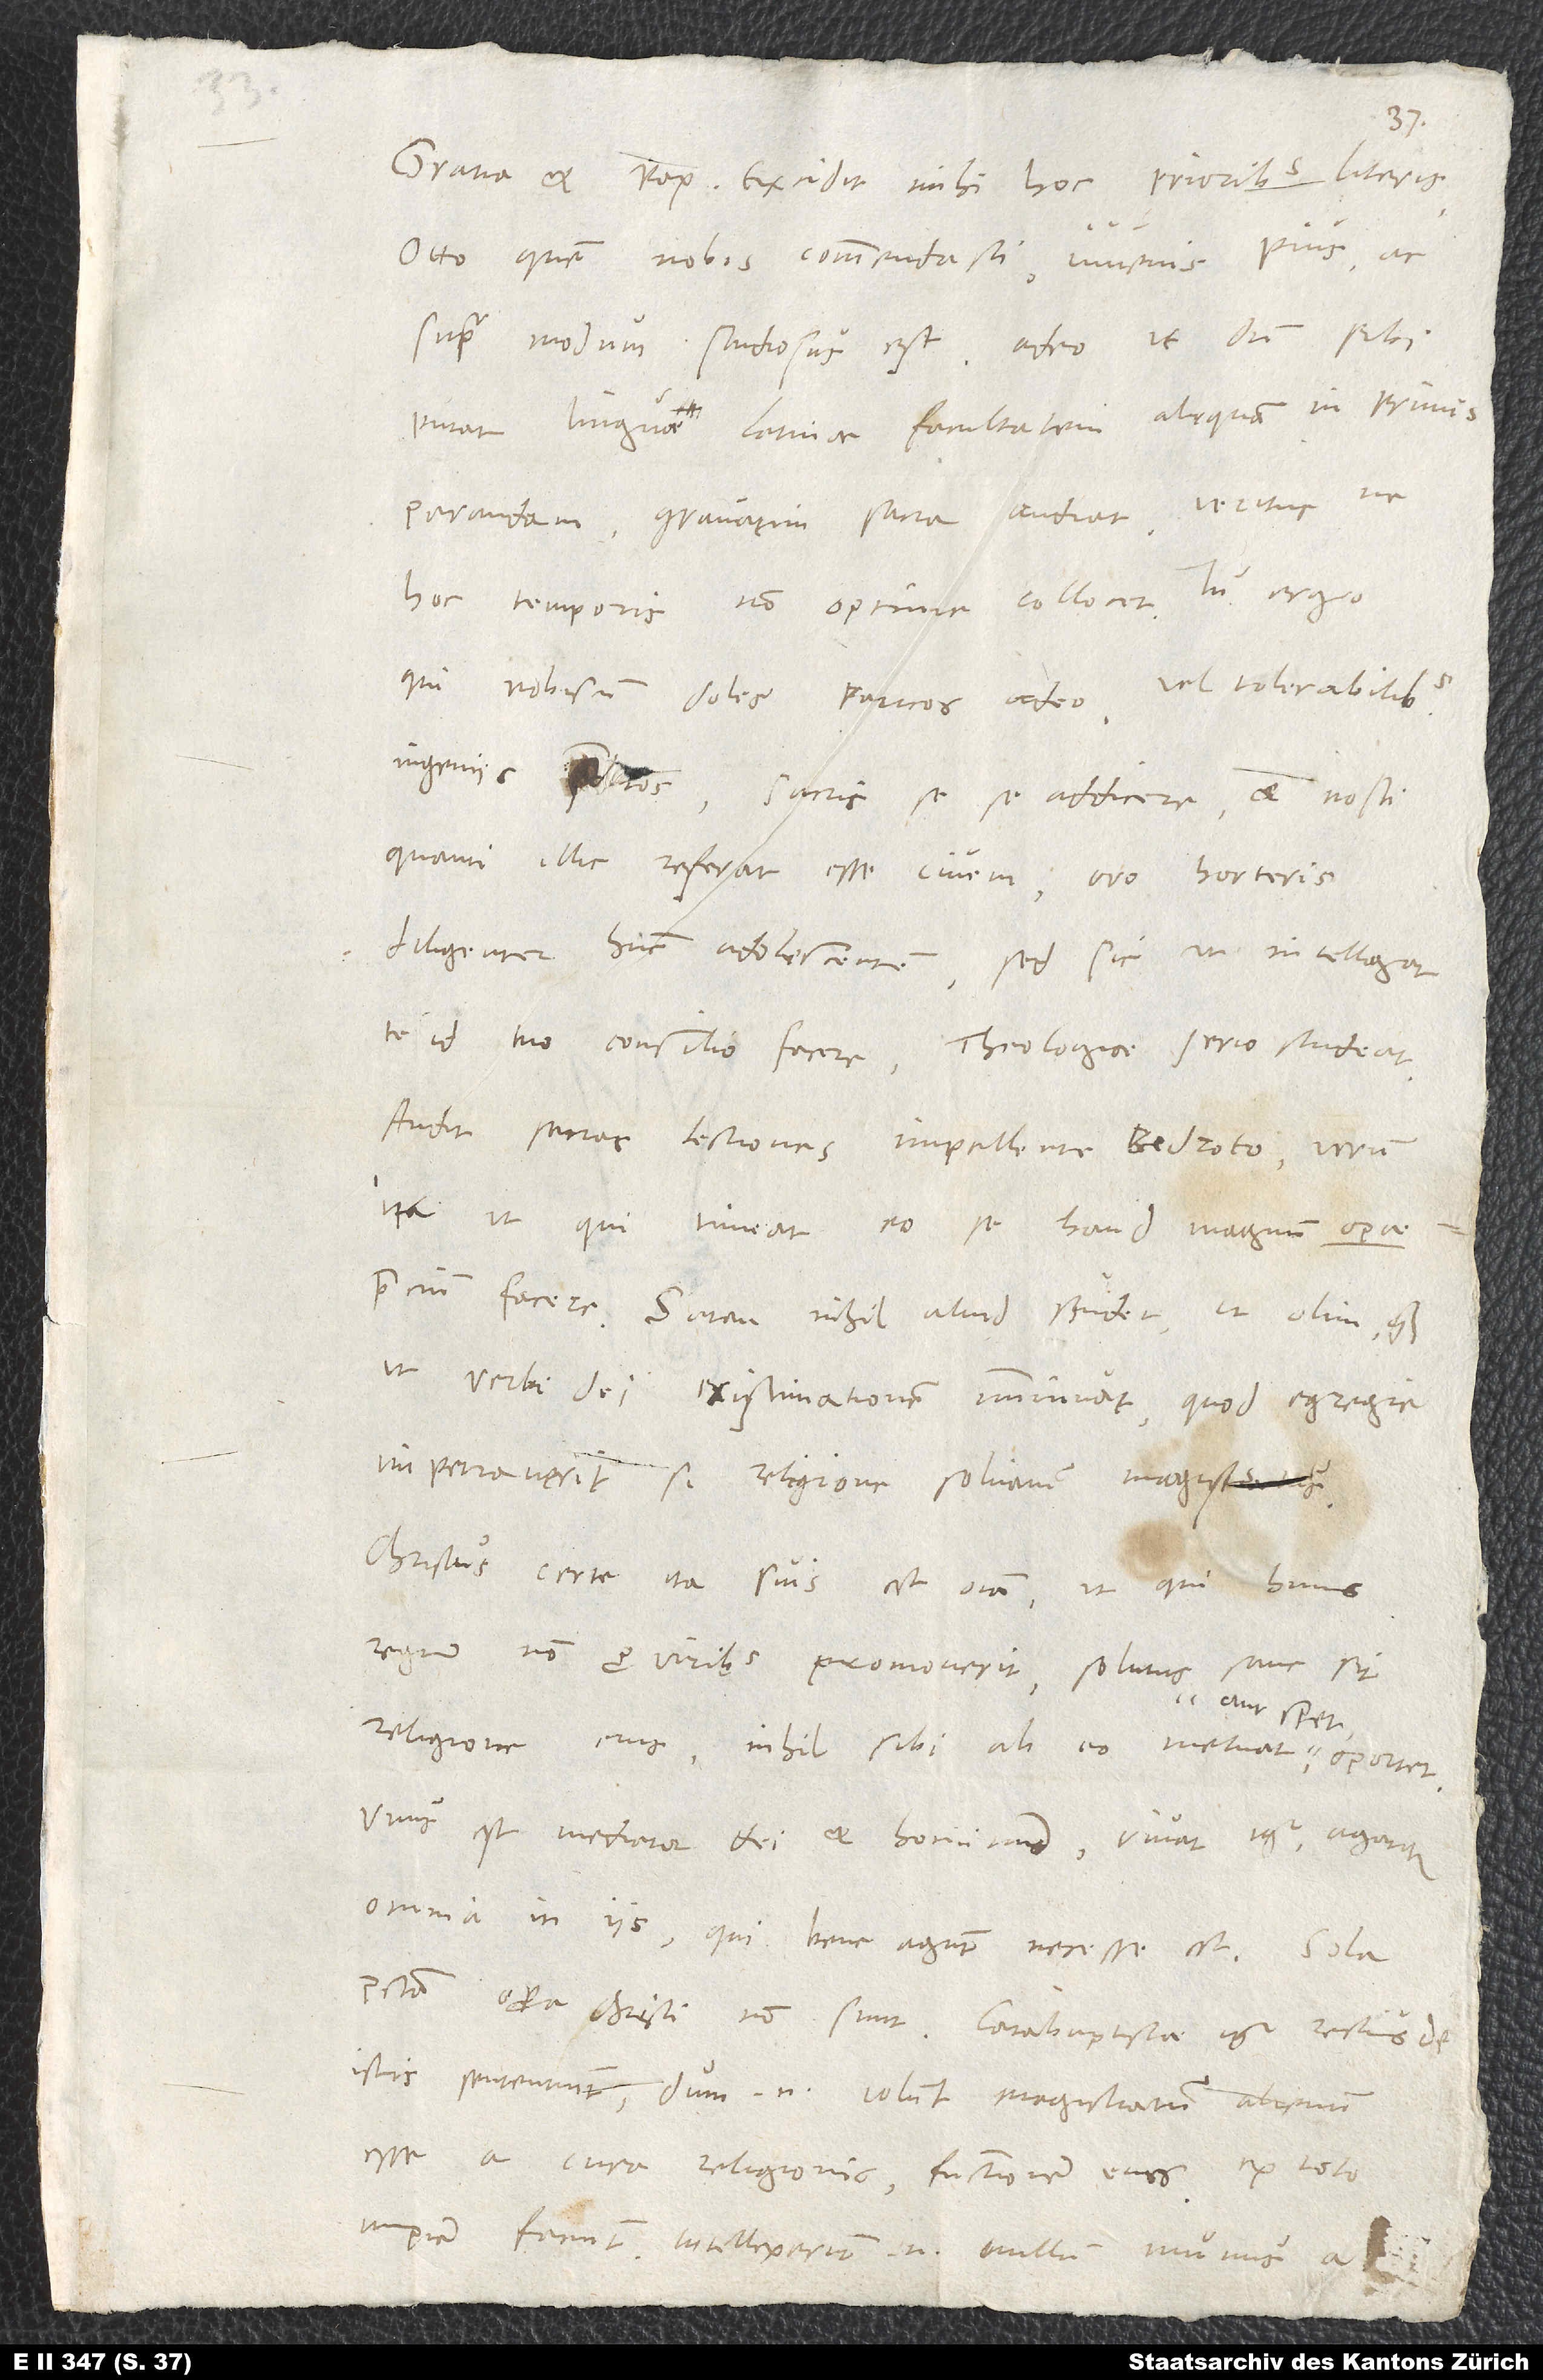
Otto, quem nobis commendasti, iuvenis pius ac
supra modum studiosus est adeo, ut dum sibi
putat linguae latinae facultatem aliquam in primis
parandam, gravatim sacra audiat veritus, ne
hoc temporis non optime collocet. Tu ergo,
qui nobiscum doles paucos adeo vel tolerabilibus
ingeniis praeditos sacris sese addicere et nosti,
quanti illic referat esse civem, oro horteris
diligenter hunc adolescentem, sed sic, ut intelligat
te id tuo consilio facere, theologiae serio studeat.
Audit sacras lectiones impellente Bedroto, verum
ita, ut qui timeat eo se haud magnum operae
ut verbi dei existimationem imminuat. Quod egregie
impetraverit, si religione solvamus magistratus.
Christus certe ita suis est omnia, ut qui huius
regnum non pro viribus promoverit, solutus sane sit
religione eius. Nihil sibi ab eo metuat aut speret